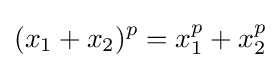
(x_{1}+x_{2})^{p}=x_{1}^{p}+x_{2}^{p}